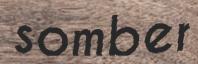
somber